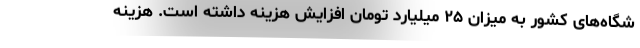
شگاه‌های کشور به میزان ۲۵ میلیارد تومان افزایش هزینه داشته است. هزینه